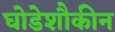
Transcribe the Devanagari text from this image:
घोडेशौकीन